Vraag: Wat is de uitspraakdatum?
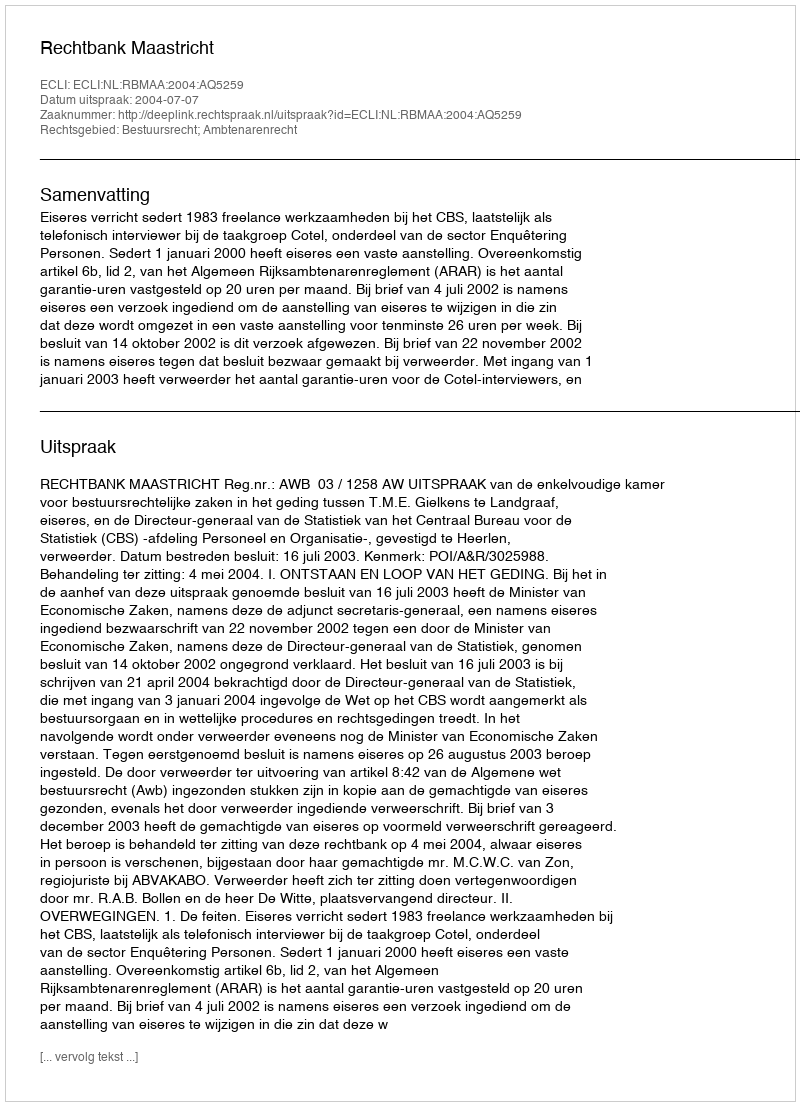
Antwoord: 2004-07-07